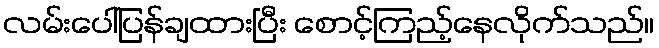
လမ်းပေါ်ပြန်ချထားပြီး စောင့်ကြည့်နေလိုက်သည်။